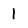
Character: 1